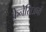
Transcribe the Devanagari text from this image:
केनेसिअनों